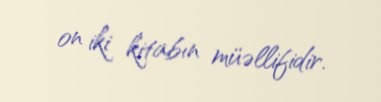
on iki kitabın müəllifidir.